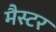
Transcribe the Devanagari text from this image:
मैस्टर